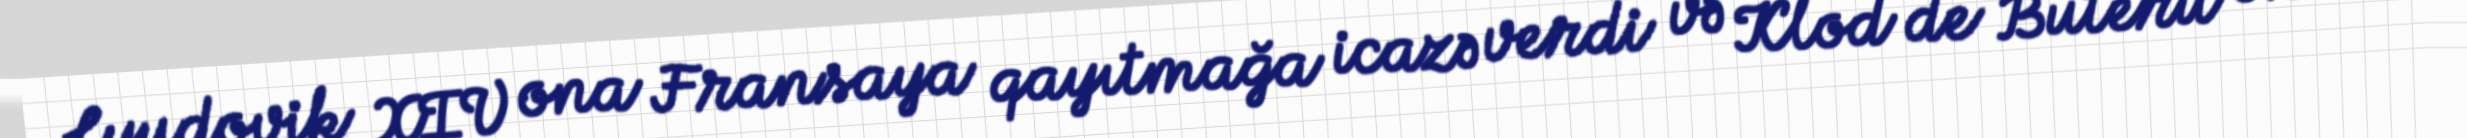
Lyudovik XIV ona Fransaya qayıtmağa icazə verdi və Klod de Buteru onun